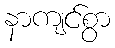
နာကျင်စွာ